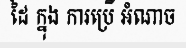
ដៃ ក្នុង ការប្រើ អំណាច